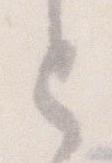
と